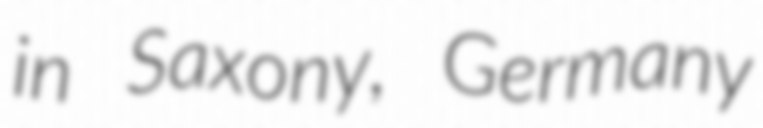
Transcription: in Saxony, Germany